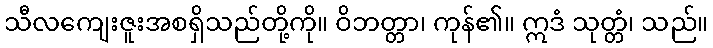
သီလကျေးဇူးအစရှိသည်တို့ကို။ ဝိဘတ္တာ၊ ကုန်၏။ ဣဒံ သုတ္တံ၊ သည်။